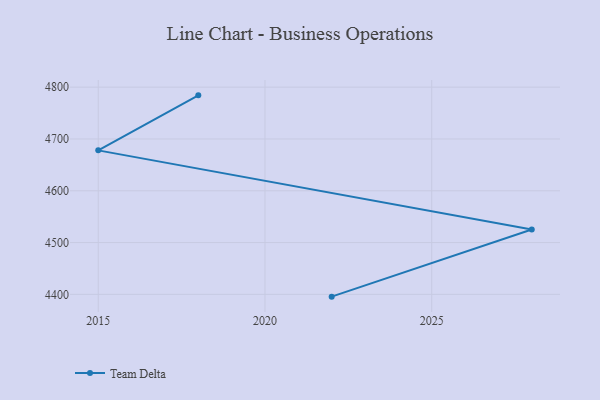
{"axis": {"x": "Year", "y": "Market Share (%)"}, "legend": ["Team Delta"], "data": [{"x": "2022", "y": 4395.6, "type": "Team Delta"}, {"x": "2028", "y": 4525.1, "type": "Team Delta"}, {"x": "2015", "y": 4678.0, "type": "Team Delta"}, {"x": "2018", "y": 4784.2, "type": "Team Delta"}]}